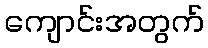
ကျောင်းအတွက်